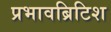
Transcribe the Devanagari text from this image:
प्रभावब्रिटिश